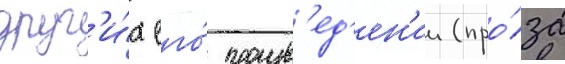
друг'и́х его́ произв'ед'ен'ии (про́за